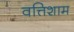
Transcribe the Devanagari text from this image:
वत्तिशाम